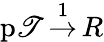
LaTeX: \operatorname{p\mathscr{T}}{\stackrel{1}{\to}}\, R